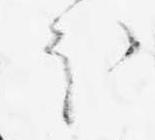
ほ